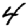
Digit: 4